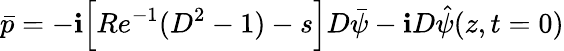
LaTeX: \bar{p}=-\textbf{i}\Big[Re^{-1}(D^{2}-1)-s\Big]D\bar{\psi}-\textbf{i}D\hat{\psi}(z,t=0)